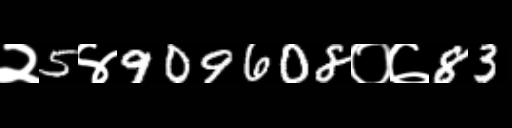
Text: २5४909608०७83